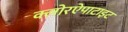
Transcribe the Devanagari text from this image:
क्लोरऐपाटाइट